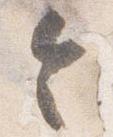
令